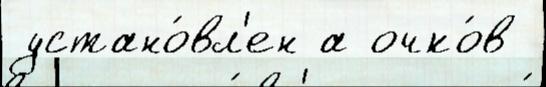
устано́вл'ен а очко́в